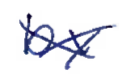
Text: by
Cross-out: cross
Writing tool: ballpoint